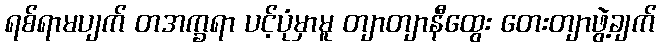
ရစ်ရာမပျက် တအက္ခရာ ပင့်ပုံမှာမူ တျာတျာနီထွေး တေးတျာဖွဲ့ချက်